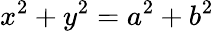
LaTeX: x^{2}+y^{2}=a^{2}+b^{2}